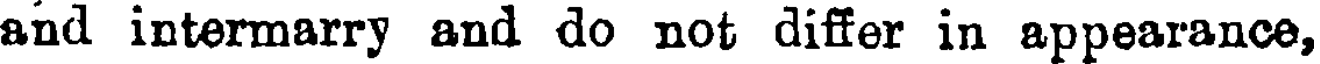
and intermarry and do not differ in appearance,